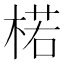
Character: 楉